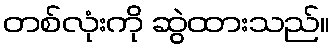
တစ်လုံးကို ဆွဲထားသည်။